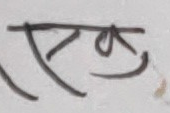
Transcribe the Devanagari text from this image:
एक